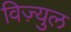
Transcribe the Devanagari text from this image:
विज़्युल